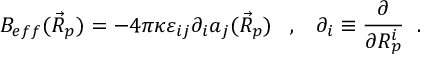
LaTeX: B _ { e f f } ( \vec { R } _ { p } ) = - 4 \pi \kappa \varepsilon _ { i j } \partial _ { i } a _ { j } ( \vec { R } _ { p } ) \; \; \; , \; \; \; \partial _ { i } \equiv \frac { \partial } { \partial R _ { p } ^ { i } } \; \; .